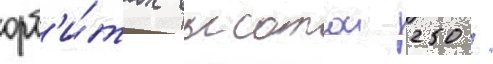
орб'и́тах высотои 250 /